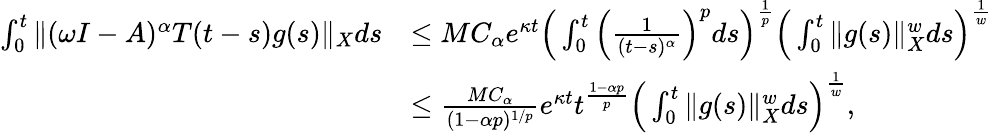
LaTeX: \begin{array}{rl}{\int_{0}^{t}\| (\omega I-A)^{\alpha}T(t-s)g(s)\| _{X}ds}&{\leq MC_{\alpha}e^{\kappa t}\Big(\int_{0}^{t}\Big(\frac{1}{(t-s)^{\alpha}}\Big)^{p}ds\Big)^{\frac{1}{p}}\Big(\int_{0}^{t}\| g(s)\| _{X}^{w}ds\Big)^{\frac{1}{w}}}\\ &{\leq\frac{MC_{\alpha}}{(1-\alpha p)^{1/p}}e^{\kappa t}t^{\frac{1-\alpha p}{p}}\Big(\int_{0}^{t}\| g(s)\| _{X}^{w}ds\Big)^{\frac{1}{w}},}\end{array}